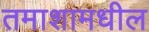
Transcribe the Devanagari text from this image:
तमाशामधील